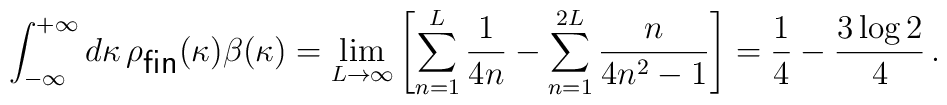
\int_{-\infty}^{+\infty}d\kappa \, \rho_{\textsf{fin}}(\kappa)\beta(\kappa) =\lim_{L\to\infty}\left[\sum_{n=1}^{L}\frac{1}{4n} - \sum_{n=1}^{2L}\frac{n}{4n^{2}-1}\right] =\frac{1}{4}-\frac{3\log 2}{4} \, .